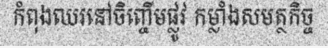
កំពុងឈរនៅចិញ្ចើមផ្លូវ កម្លាំងសមត្ថកិច្ច